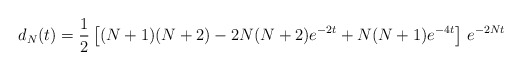
\begin{align*}d_N(t) = \frac{1}{2} \left[ (N+1) (N+2) - 2 N (N+2) e^{-2 t} + N (N+1) e^{-4 t}\right]\, e^{-2 N t}\end{align*}